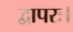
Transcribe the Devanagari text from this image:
द्वापरः।